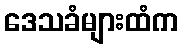
ဒေသခံများထံက